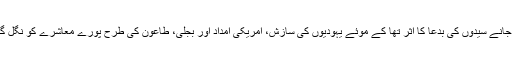
خدا جانے سیدوں کی بدعا کا اثر تھا کے موئے یہودیوں کی سازش، امریکی امداد اور بجلی، طاعون کی طرح پورے معاشرے کو نگل گئے۔